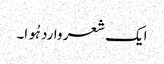
ایک شعر وارد ہُوا۔